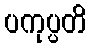
ပကုပ္ပတိ